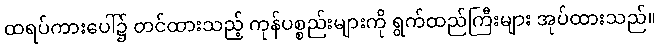
ထရပ်ကားပေါ်၌ တင်ထားသည့် ကုန်ပစ္စည်းများကို ရွက်ထည်ကြီးများ အုပ်ထားသည်။